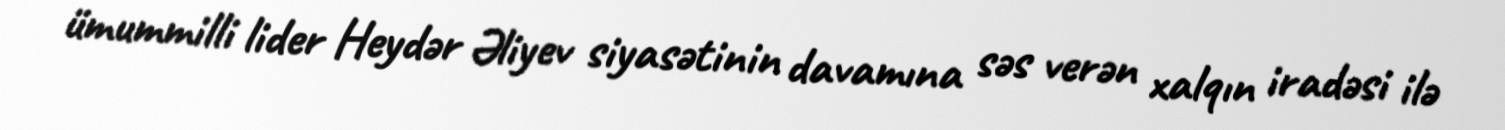
ümummilli lider Heydər Əliyev siyasətinin davamına səs verən xalqın iradəsi ilə